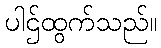
ပါဌ်ထွက်သည်။